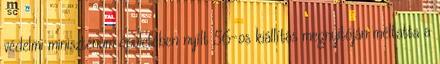
védelmi minisztérium épületében nyílt 56-os kiállítás megnyitóján méltatta a